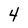
Character: 4